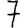
Digit: 7